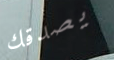
يصدقك